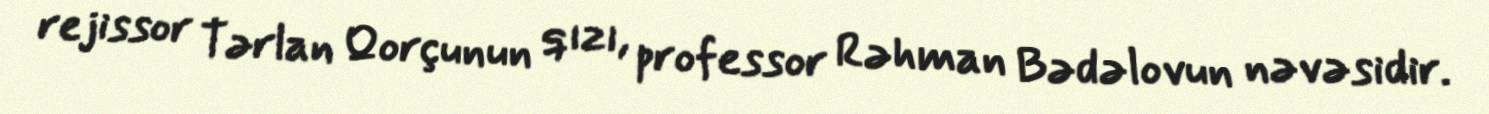
rejissor Tərlan Qorçunun qızı, professor Rəhman Bədəlovun nəvəsidir.